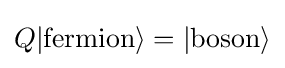
Q|{\text{fermion}}\rangle =|{\text{boson}}\rangle